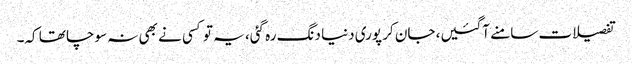
تفصیلات سامنے آگئیں، جان کر پوری دنیا دنگ رہ گئی، یہ تو کسی نے بھی نہ سوچا تھا کہ۔